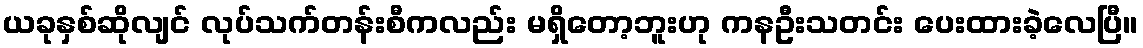
ယခုနှစ်ဆိုလျင် လုပ်သက်တန်းစီကလည်း မရှိတော့ဘူးဟု ကနဦးသတင်း ပေးထားခဲ့လေပြီ။